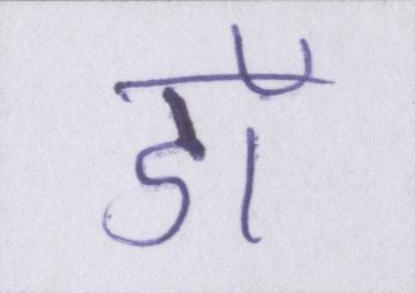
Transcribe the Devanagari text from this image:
डॉ